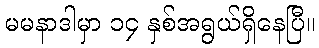
မမနာဒါမှာ ၁၄ နှစ်အရွယ်ရှိနေပြီ။